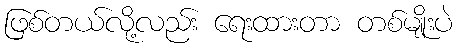
ဖြစ်တယ်လို့လည်း ရေးထားတာ တစ်မျိုးပဲ